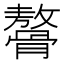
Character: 𩪋